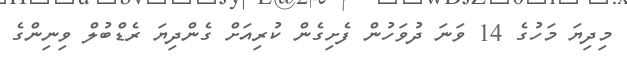
މިދިޔަ މަހުގެ 14 ވަނަ ދުވަހުން ފެށިގެން ކުރިއަށް ގެންދިޔަ ރެޑްބުލް ވިނިންގެ